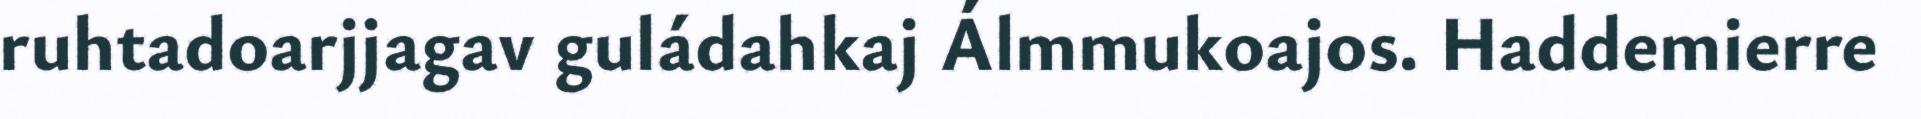
ruhtadoarjjagav guládahkaj Álmmukoajos. Haddemierre